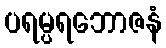
ပရမ္ပရဘောဇနံ